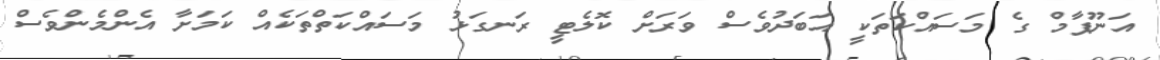
އަނޫޕާމް ގެ މަސައްކަތަކީ އަބަދުވެސް ވަރަށް ކޮލެޓީ ރަނގަޅު މަސައްކަތްތަކެއް ކަމަށާ އެންމެންވެސް